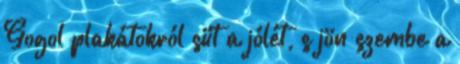
Gogol plakátokról süt a jólét, s jön szembe a